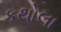
કથોલા